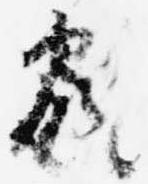
家